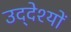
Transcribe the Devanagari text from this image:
उद्‌देश्यों